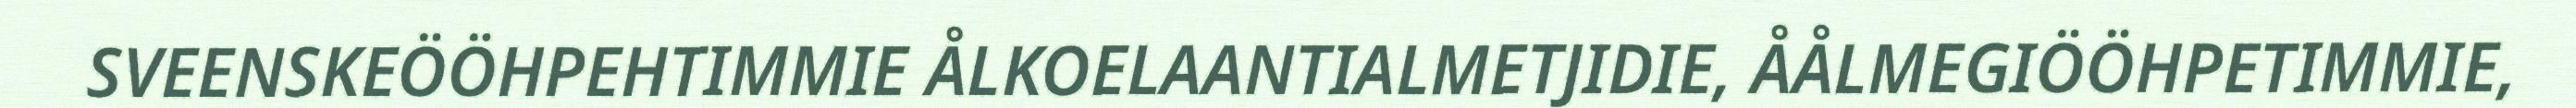
SVEENSKEÖÖHPEHTIMMIE ÅLKOELAANTIALMETJIDIE, ÅÅLMEGIÖÖHPETIMMIE,